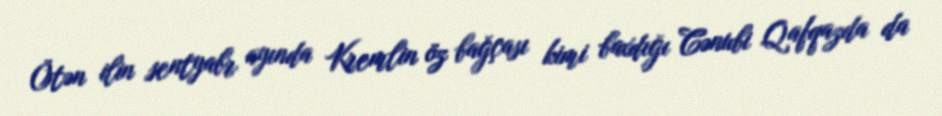
Ötən ilin sentyabr ayında Kremlin öz bağçası kimi baxdığı Cənubi Qafqazda da